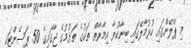
މި ޕްލޭންގައި ހުޅުމާލޭގައި ބިނާކުރާ އިމާރާތް ތަކުގެ ތަޅުމުގެ ޖާގައިގެ 50 ޕަސެންޓަކީ